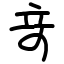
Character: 竒